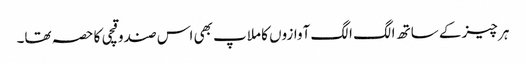
ہر چیز کے ساتھ الگ الگ آوازوں کا ملاپ بھی اس صندوقچی کا حصہ تھا۔